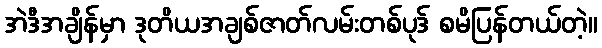
အဲဒီအချိန်မှာ ဒုတိယအချစ်ဇာတ်လမ်းတစ်ပုဒ် စမိပြန်တယ်တဲ့။